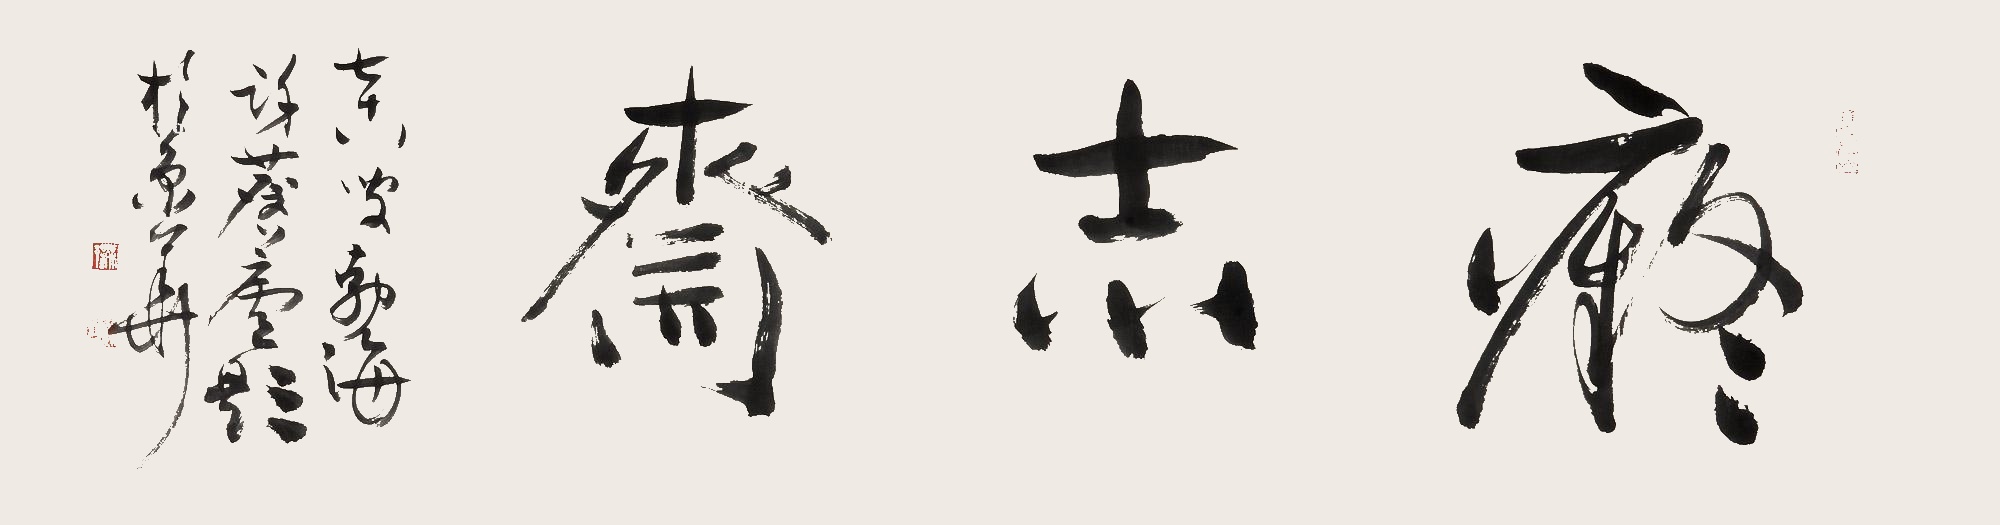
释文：痴志斋七十八叟勃海许麟庐题于京华。